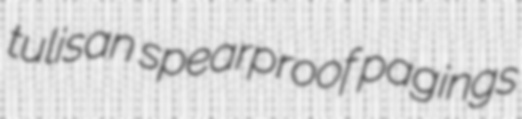
tulisan spearproof pagings